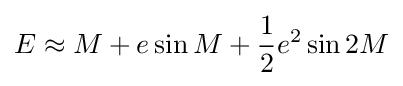
E\approx M+e\sin {M}+{\frac {1}{2}}e^{2}\sin {2M}